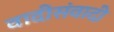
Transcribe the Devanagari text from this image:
वादीसंवादी